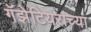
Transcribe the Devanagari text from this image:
गॅझेटियराच्या